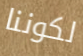
لكوننا